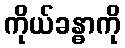
ကိုယ်ခန္ဓာကို